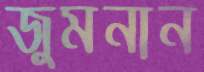
জুমনান